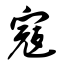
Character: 寇